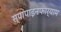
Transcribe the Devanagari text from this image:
स्पापाइनफार्याम